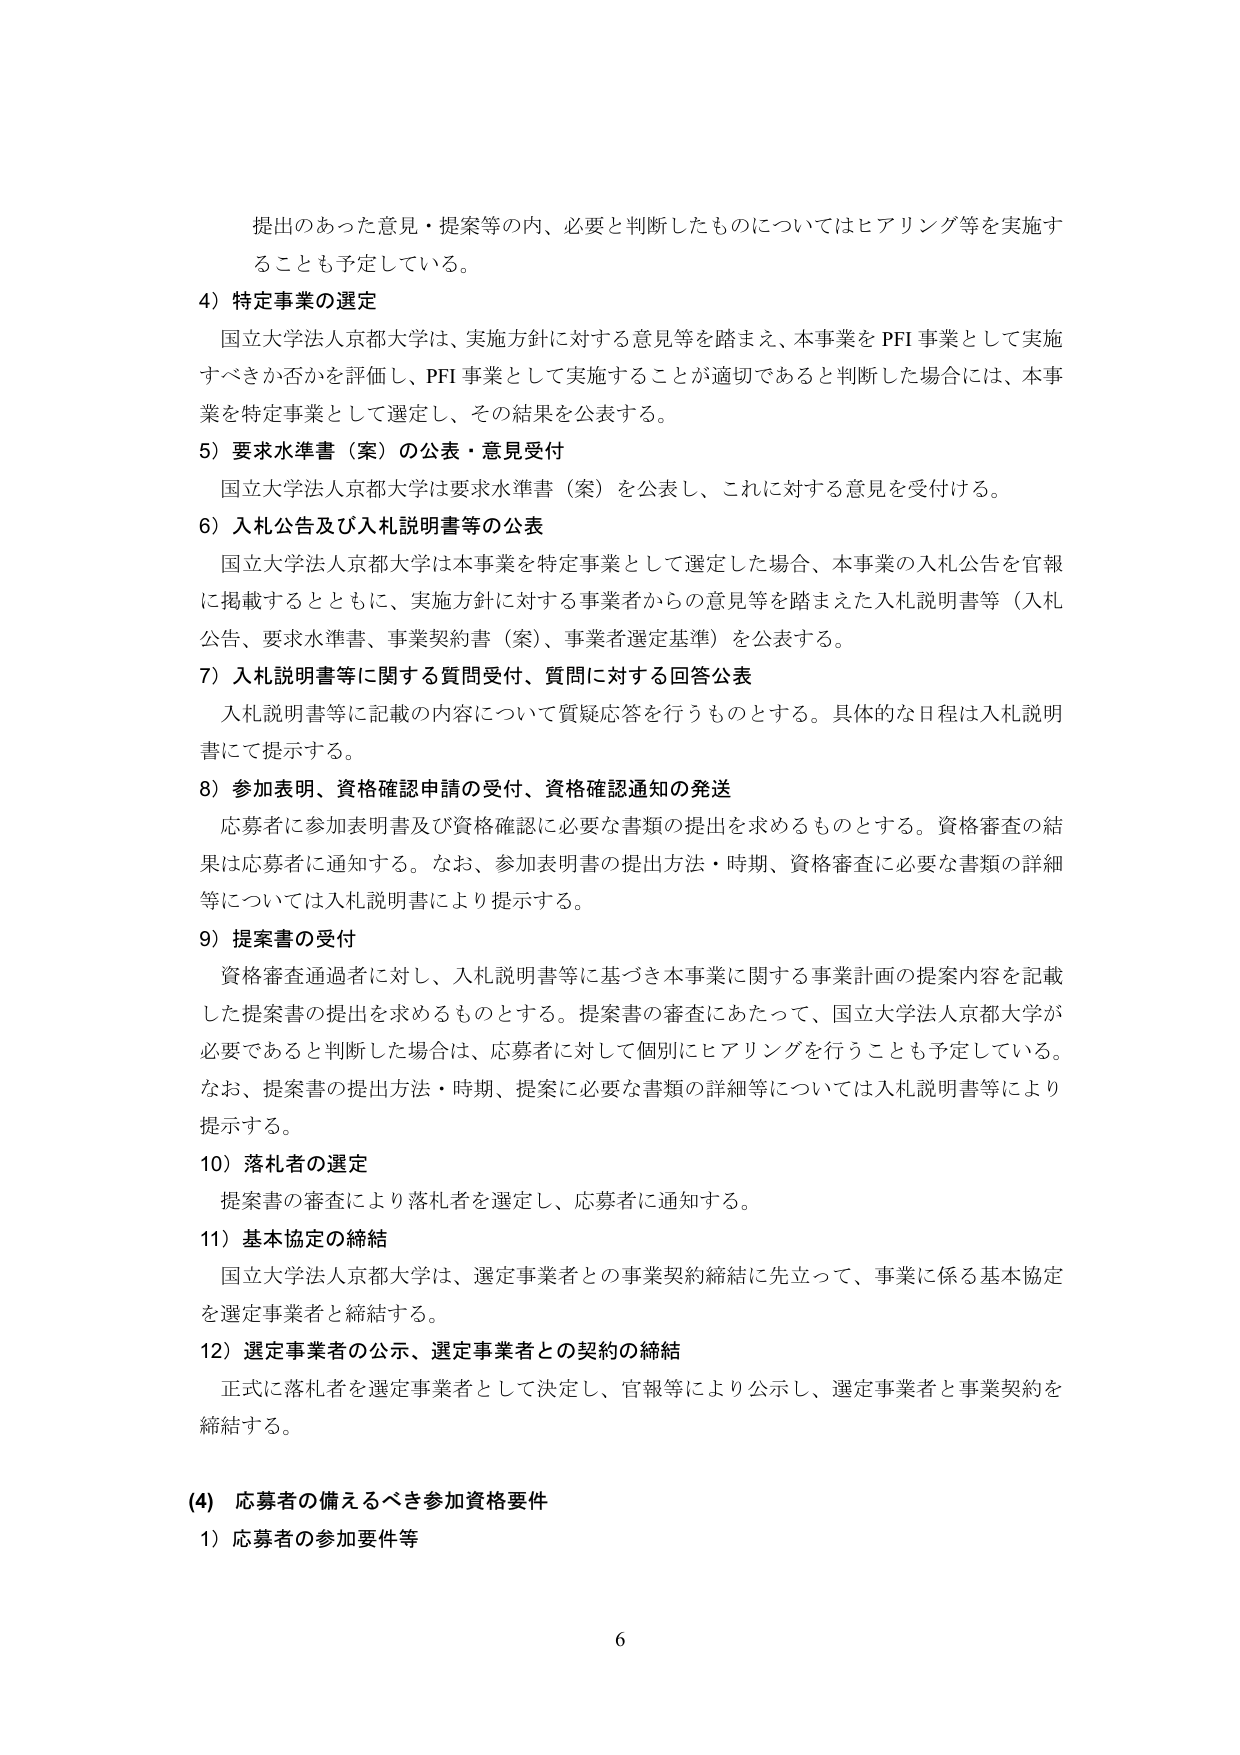
提出のあった意見・提案等の内、必要と判断したものについてはヒアリング等を実施することも予定している。

4）特定事業の選定
国立大学法人京都大学は、実施方針に対する意見等を踏まえ、本事業をPFI事業として実施すべきか否かを評価し、PFI事業として実施することが適切であると判断した場合には、本事業を特定事業として選定し、その結果を公表する。

5）要求水準書（案）の公表・意見受付
国立大学法人京都大学は要求水準書（案）を公表し、これに対する意見を受け付ける。

6）入札公告及び入札説明書等の公表
国立大学法人京都大学は本事業を特定事業として選定した場合、本事業の入札公告を官報に掲載するとともに、実施方針に対する事業者からの意見等を踏まえた入札説明書等（入札公告、要求水準書、事業契約書（案）、事業者選定基準）を公表する。

7）入札説明書等に関する質問受付、質問に対する回答公表
入札説明書等に記載の内容について質疑応答を行うものとする。具体的な日程は入札説明書にて提示する。

8）参加表明、資格確認申請の受付、資格確認通知の発送
応募者に参加表明書及び資格確認に必要な書類の提出を求めるものとする。資格審査の結果は応募者に通知する。なお、参加表明書の提出方法・時期、資格審査に必要な書類の詳細等については入札説明書により提示する。

9）提案書の受付
資格審査通過者に対し、入札説明書等に基づき本事業に関する事業計画の提案内容を記載した提案書の提出を求めるものとする。提案書の審査にあたって、国立大学法人京都大学が必要であると判断した場合は、応募者に対して個別にヒアリングを行うことも予定している。なお、提案書の提出方法・時期、提案に必要な書類の詳細等については入札説明書等により提示する。

10）落札者の選定
提案書の審査により落札者を選定し、応募者に通知する。

11）基本協定の締結
国立大学法人京都大学は、選定事業者との事業契約締結に先立って、事業に係る基本協定を選定事業者と締結する。

12）選定事業者の公示、選定事業者との契約の締結
正式に落札者を選定事業者として決定し、官報等により公示し、選定事業者と事業契約を締結する。

（4）応募者の備えるべき参加資格要件
1）応募者の参加要件等

6